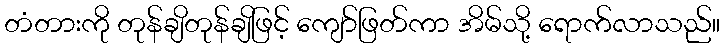
တံတားကို တုန်ချိတုန်ချိဖြင့် ကျော်ဖြတ်ကာ အိမ်သို့ ရောက်လာသည်။